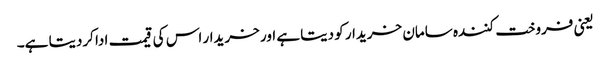
یعنی فروخت کنندہ سامان خریدار کو دیتا ہے اور خریدار اس کی قیمت ادا کردیتا ہے۔